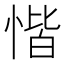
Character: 𢝷